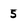
Character: 5